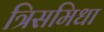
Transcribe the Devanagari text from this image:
त्रिसमिधा